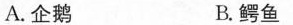
A.企鹅 B.鳄鱼